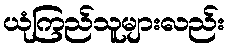
ယုံကြည်သူများလည်း